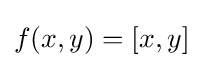
f(x,y)=[x,y]